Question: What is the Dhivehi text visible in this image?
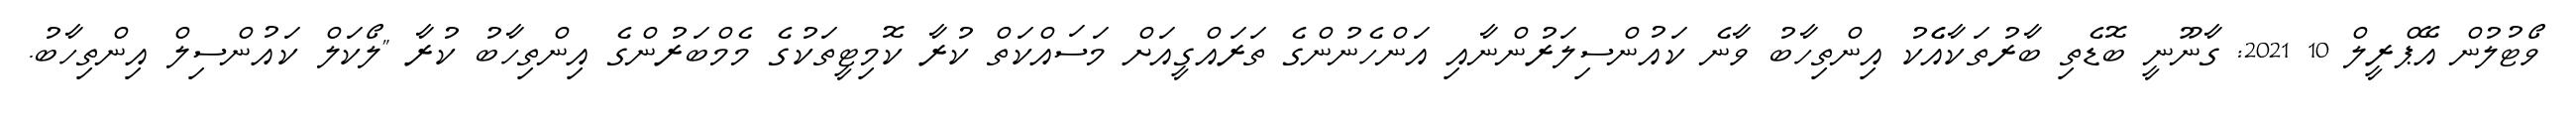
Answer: ވޯޓުލުން އޭޕްރީލް 10 2021: ގާނޫނީ ބޮޑެތި ބާރުތަކާއެެކު އިންތިހާބު ވާނެ ކައުންސިލަރުންނާއި އަންހެނުންގެ ތަރައްގީއަށް މަސައްކަތް ކުރާ ކޮމިޓީތަކުގެ މެމްބަރުންގެ އިންތިހާބު ކުރާ "ލޯކަލް ކައުންސިލް އިންތިހާބު.